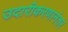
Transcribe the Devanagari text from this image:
उदारीकरणानंतर